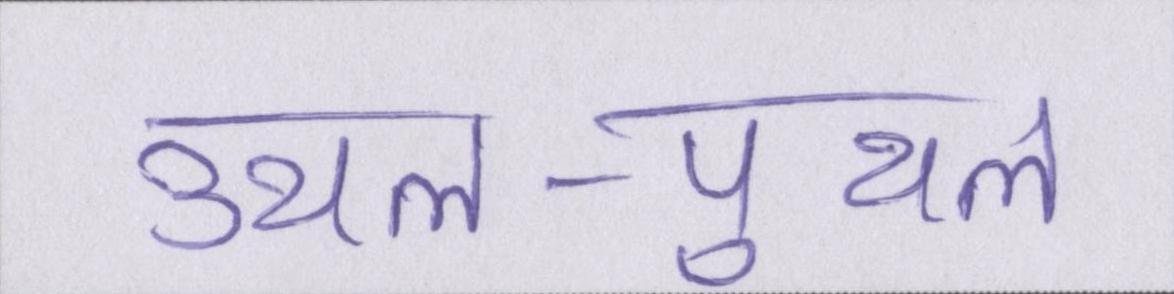
उथल-पुथल